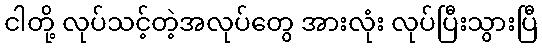
ငါတို့ လုပ်သင့်တဲ့အလုပ်တွေ အားလုံး လုပ်ပြီးသွားပြီ